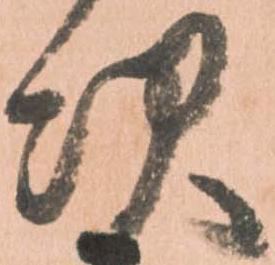
次